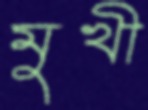
মুখী